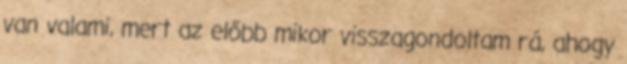
van valami, mert az előbb mikor visszagondoltam rá, ahogy